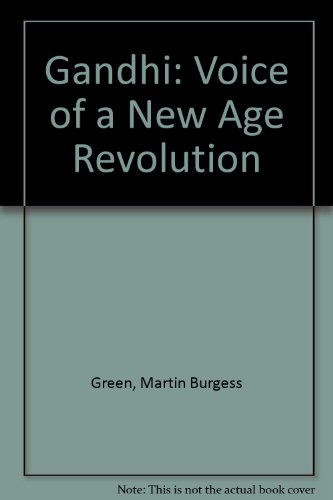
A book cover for Gandhi: Voice of a New Age Revolution; Martin Burgess Green; Religion & Spirituality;